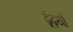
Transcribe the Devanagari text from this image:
ढूंढ़यौ